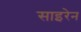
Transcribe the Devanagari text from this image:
साइरेन